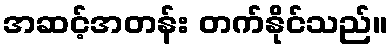
အဆင့်အတန်း တက်နိုင်သည်။